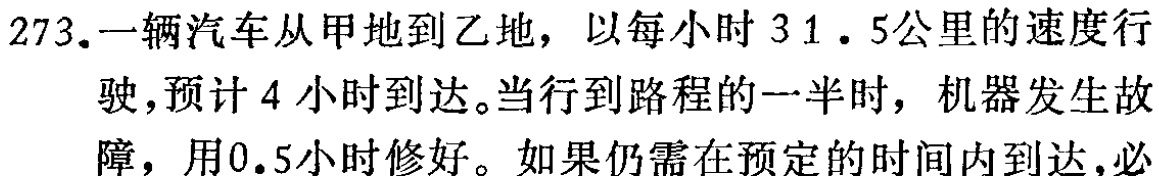
273.一辆汽车从甲地到乙地，以每小时$31.5$公里的速度行驶，预计$4$小时到达。当行到路程的一半时，机器发生故障，用$0.5$小时修好。如果仍需在预定的时间内到达，必